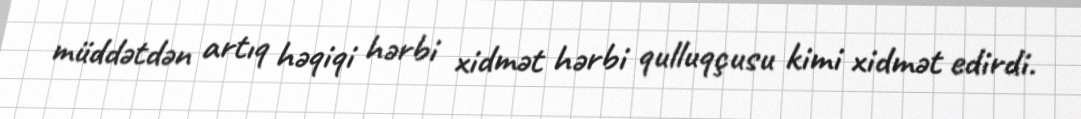
müddətdən artıq həqiqi hərbi xidmət hərbi qulluqçusu kimi xidmət edirdi.